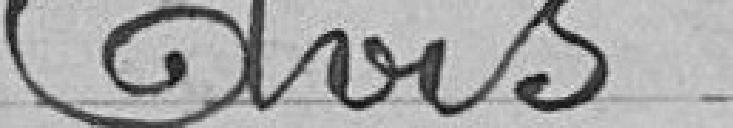
Avis